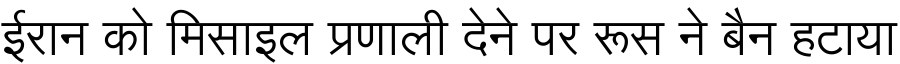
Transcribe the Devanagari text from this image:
ईरान को मिसाइल प्रणाली देने पर रूस ने बैन हटाया